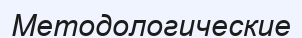
Методологические